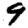
Digit: 9